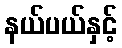
နယ်ပယ်နှင့်